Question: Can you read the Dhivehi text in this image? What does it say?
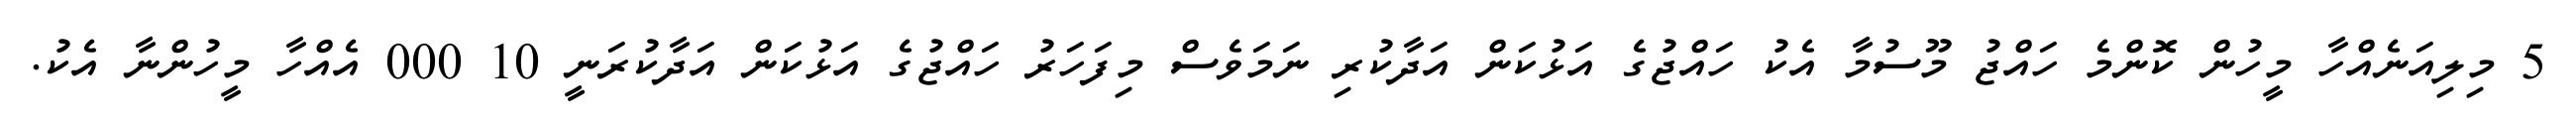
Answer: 5 މިލިއަނެއްހާ މީހުން ކޮންމެ ހައްޖު މޫސުމާ އެކު ހައްޖުގެ އަޅުކަން އަދާކުރި ނަމަވެސް މިފަހަރު ހައްޖުގެ އަޅުކަން އަދާކުރަނީ 10 000 އެއްހާ މީހުންނާ އެކު.